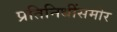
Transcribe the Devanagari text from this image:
प्रतिनिधींसमोर